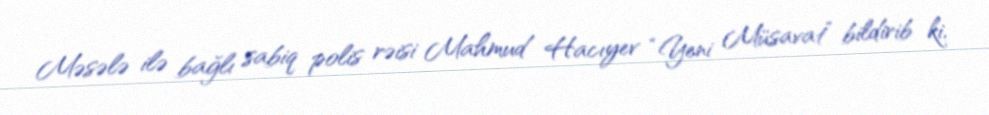
Məsələ ilə bağlı sabiq polis rəisi Mahmud Hacıyev “Yeni Müsavat” bildirib ki,